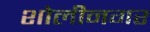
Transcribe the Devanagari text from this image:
शोलीनगर